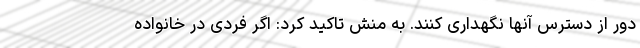
دور از دسترس آنها نگهداری کنند. به منش تاکید کرد: اگر فردی در خانواده